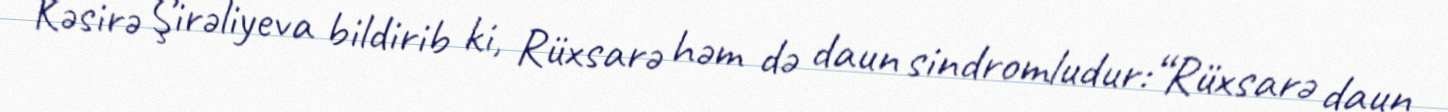
Kəsirə Şirəliyeva bildirib ki, Rüxsarə həm də daun sindromludur:“Rüxsarə daun